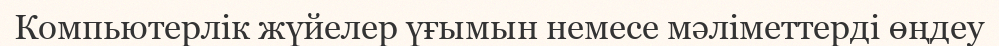
Компьютерлік жүйелер үғымын немесе мәліметтерді өңдеу